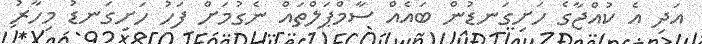
އަދި އެ ކުއްޖާގެ ހަށިގަނޑުން ބައެއް ސާމްޕަލްތައް ނެގުމަށް ފަހު ހަށިގަނޑު މިހާރު